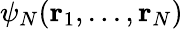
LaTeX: \psi_{N}(\textbf{r}_{1},...,\textbf{r}_{N})